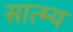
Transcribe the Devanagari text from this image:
सात्म्य